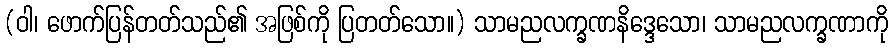
(ဝါ၊ ဖောက်ပြန်တတ်သည်၏ အဖြစ်ကို ပြတတ်သော။) သာမညလက္ခဏနိဒ္ဒေသော၊ သာမညလက္ခဏာကို